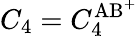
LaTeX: C_{4}=C_{4}^{\mathrm{AB^{+}}}